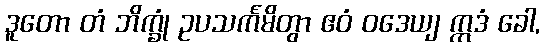
ဒူတော တံ ဘိက္ခုံ ဥပသင်္ကမိတွာ ဧဝံ ဝဒေယျ ဣဒံ ခေါ,